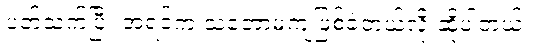
ပတ်သက်ပြီး အရင်က သဘောမကျဖြစ်ခဲ့တယ်လို့ ဆိုပါတယ်။